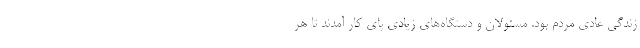
زندگی عادی مردم بود. مسئولان و دستگاه‌های زیادی پای کار آمدند تا هر